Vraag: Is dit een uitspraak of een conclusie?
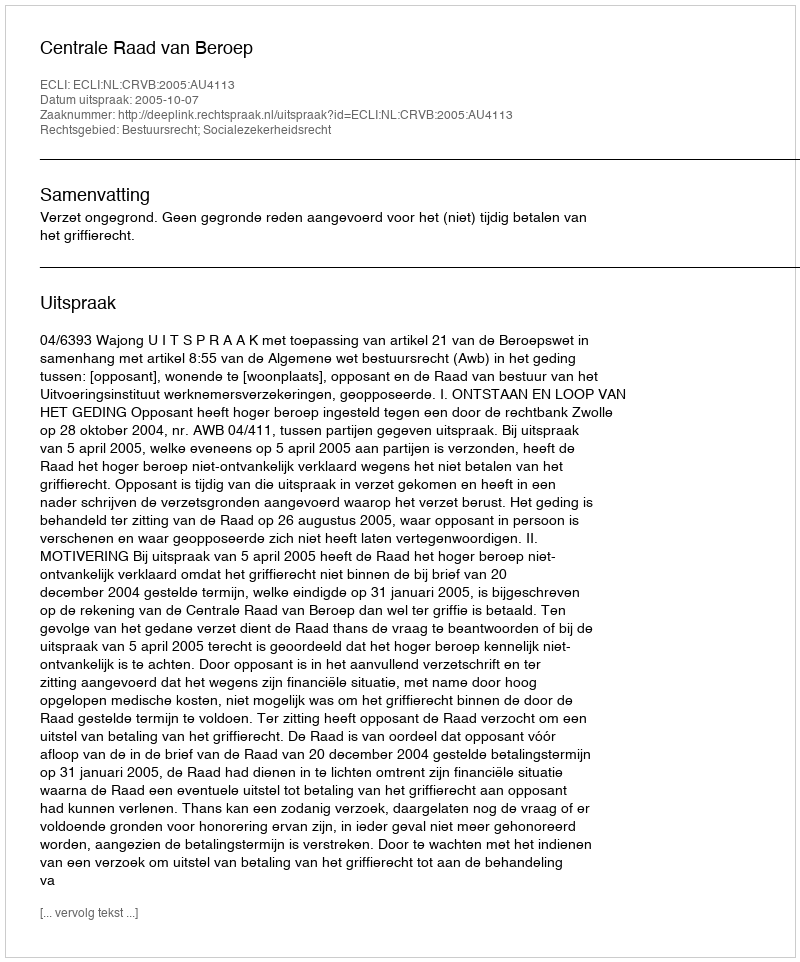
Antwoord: Uitspraak